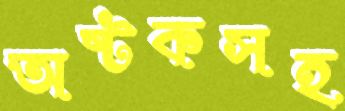
অষ্টকসহ